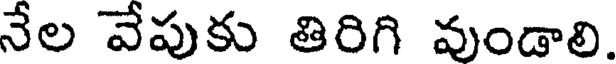
నేల వేపుకు తిరిగి వుండాలి.